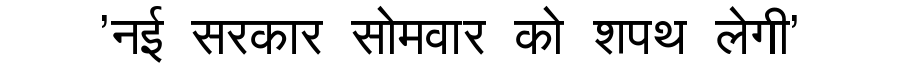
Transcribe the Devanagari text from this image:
'नई सरकार सोमवार को शपथ लेगी'